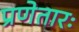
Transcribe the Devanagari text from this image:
प्रणेतारः